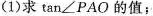
(1)求\tan ∠PAO的值；